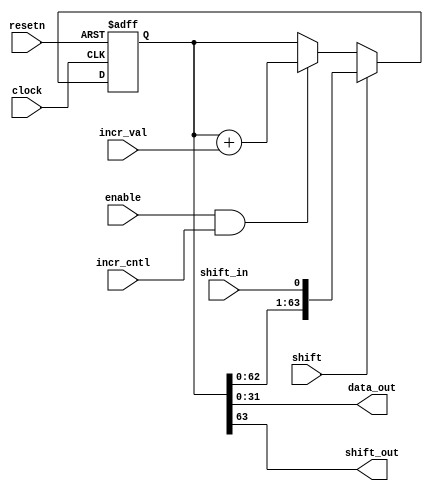
module acl_profile_counter_1
(
  clock,
  resetn,
  enable,
  shift,
  incr_cntl,
  shift_in,
  incr_val,
  data_out,
  shift_out
);
parameter COUNTER_WIDTH=64;
parameter INCREMENT_WIDTH=32;
input clock;
input resetn;
input enable;
input shift;
input incr_cntl;
input shift_in;
input [INCREMENT_WIDTH-1:0] incr_val;
output [31:0] data_out;
output shift_out;
reg [COUNTER_WIDTH-1:0] counter;
always@(posedge clock or negedge resetn)
begin
  if( !resetn )
    counter <= { COUNTER_WIDTH{1'b0} };
  else if(shift) 
    counter <= { counter[COUNTER_WIDTH-2:0], shift_in };
  else if(enable && incr_cntl) 
    counter <= counter + incr_val;
end
assign data_out = counter;
assign shift_out = counter[COUNTER_WIDTH-1:COUNTER_WIDTH-1];
endmodule